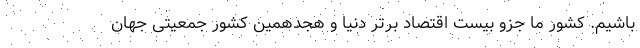
باشیم. کشور ما جزو بیست اقتصاد برتر دنیا و هجدهمین کشور جمعیتی جهان